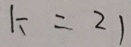
K = 2 1